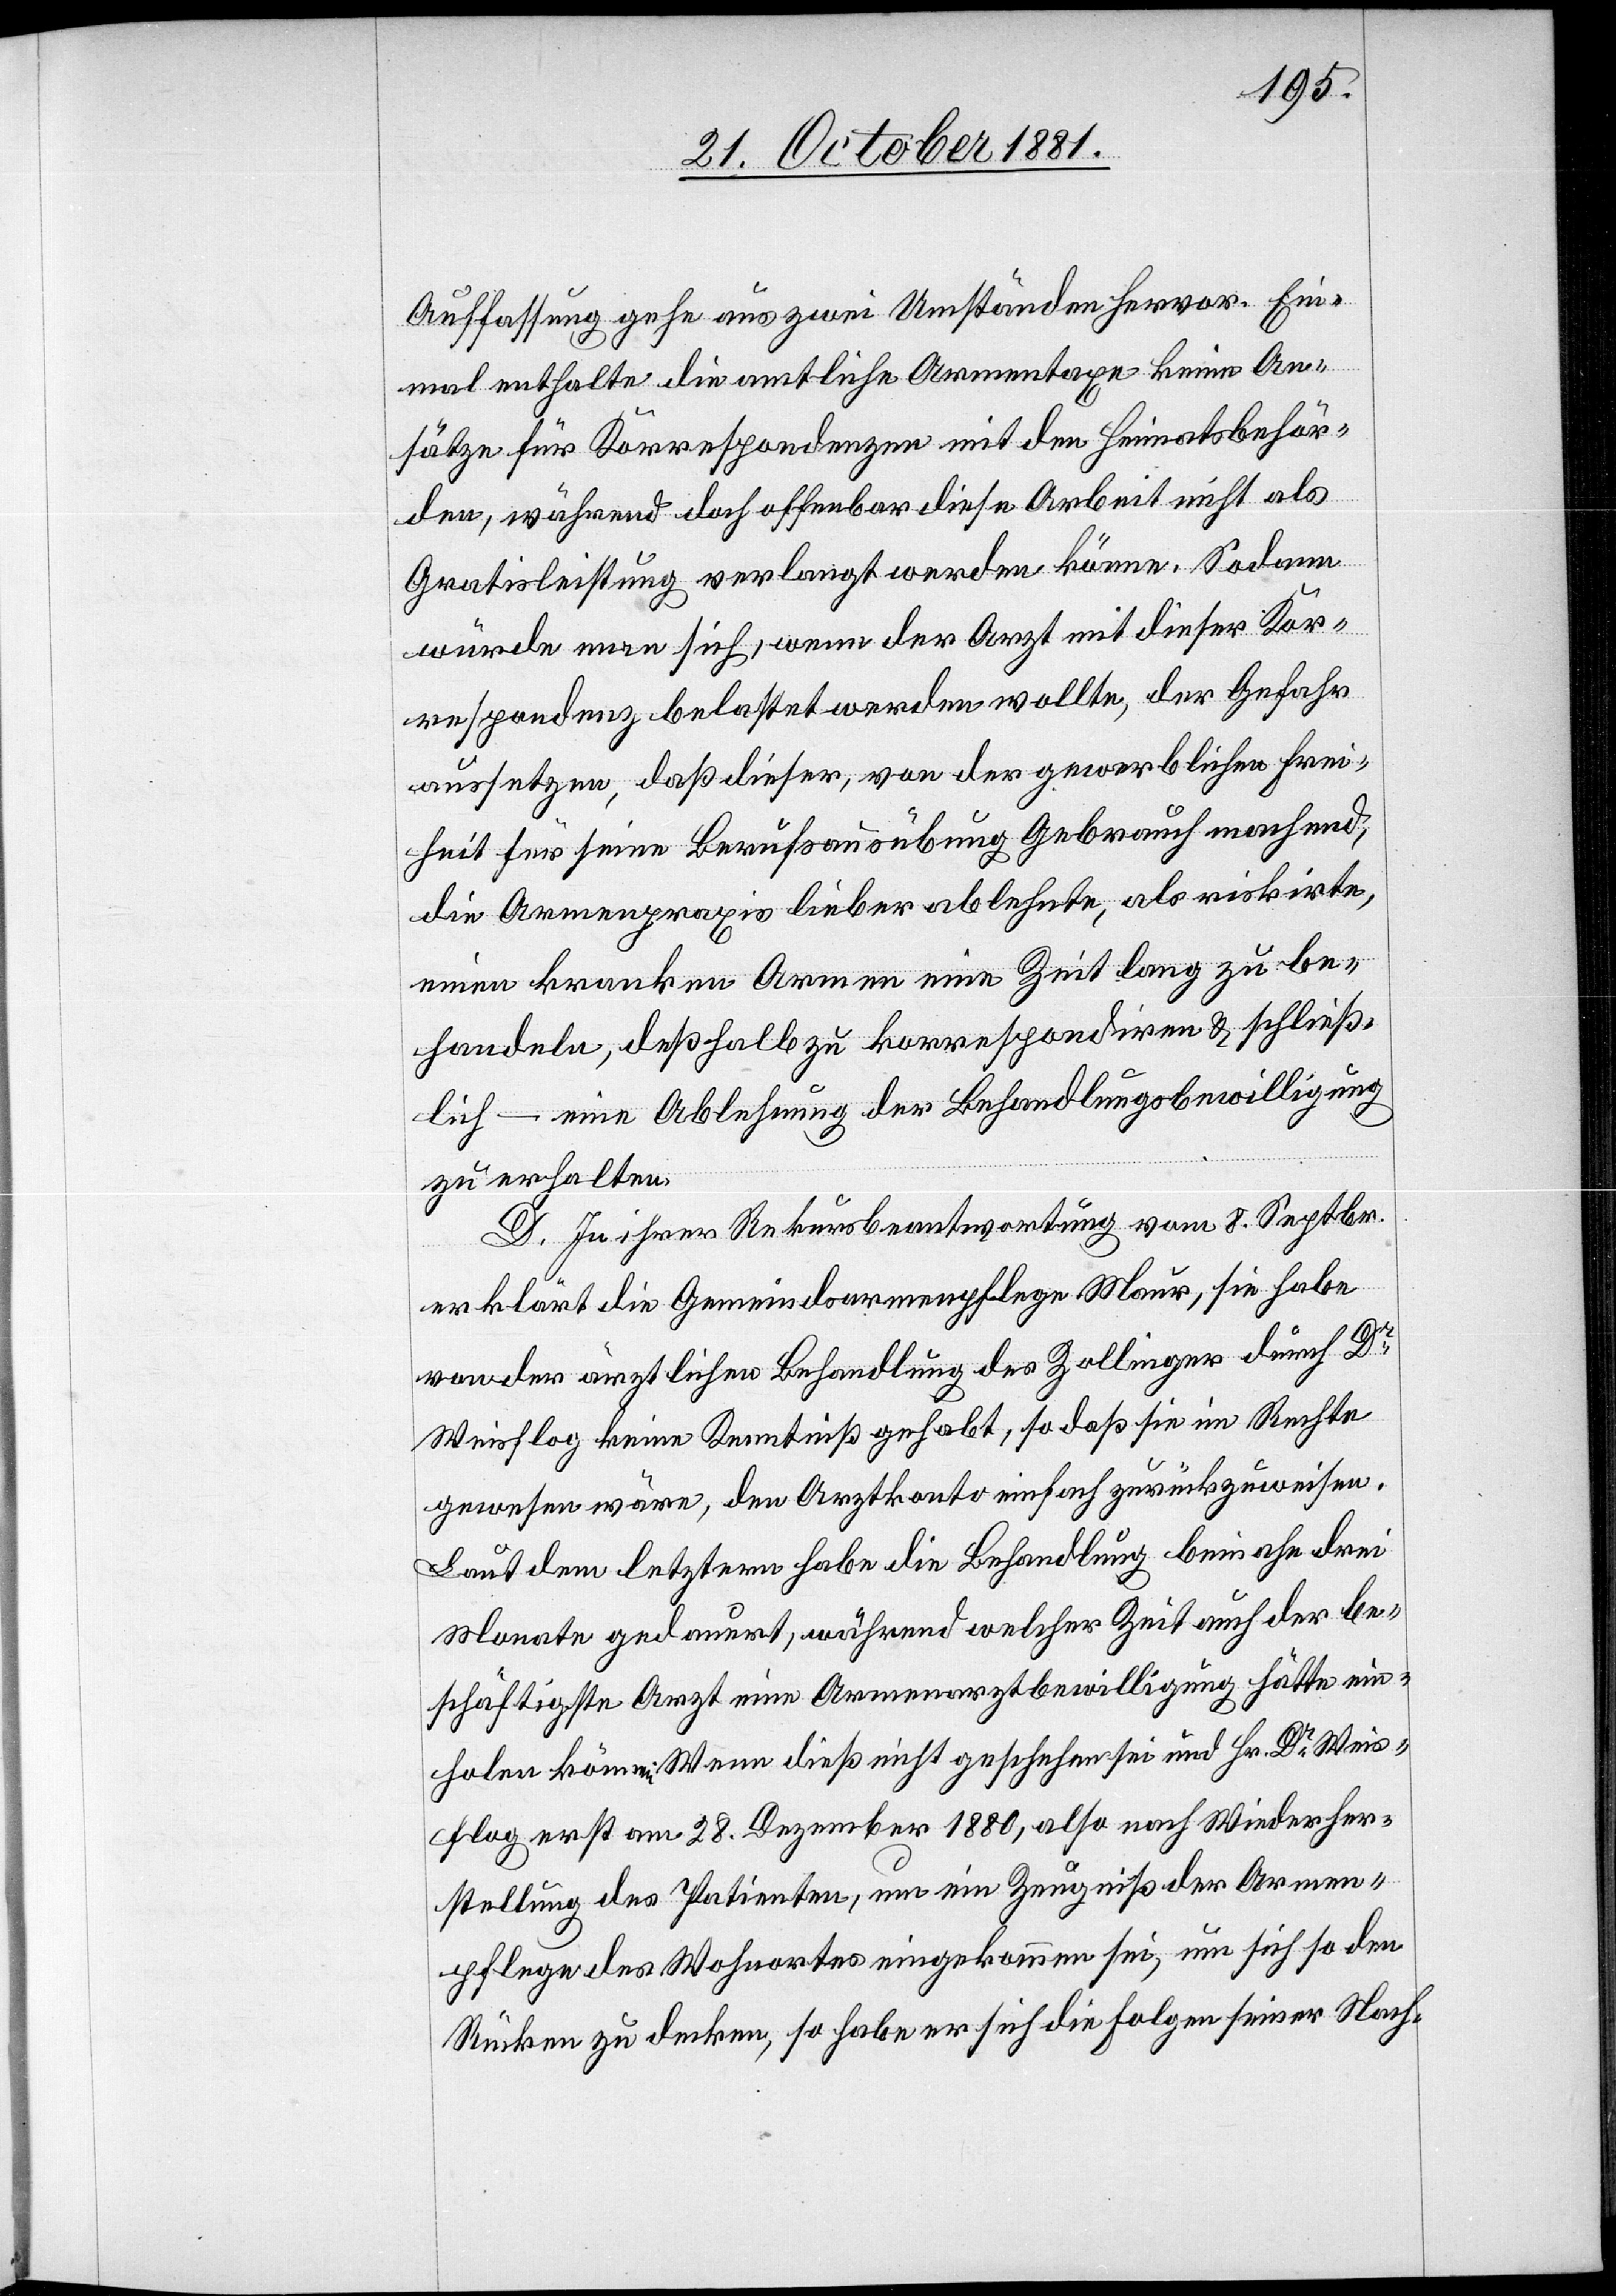
Auffassung gehe aus zwei Umständen hervor. Ein¬
mal enthalte die amtliche Armentaxe keine An¬
sätze für Korrespondenzen mit den Heimatsbehör¬
den, während doch offenbar diese Arbeit nicht als
Gratisleistung verlangt werden könne. Sodann
würde man sich, wenn der Arzt mit dieser Kor¬
respondenz belastet werden wollte, der Gefahr
aussetzen, daß dieser von der gewerblichen Frei¬
heit für seine Berufsausübung Gebrauch machend,
die Armenpraxis lieber ablehnte, als riskirte,
einen kranken Armen eine Zeit lang zu be¬
handeln, deßhalb zu korrespondiren & schließ¬
lich – eine Ablehnung der Behandlungsbewilligung
zu erhalten.
D. In ihrer Rekursbeantwortung vom 8. Septbr.
erklärt die Gemeindsarmenpflege Maur, sie habe
von der ärztlichen Behandlung des Zollinger durch Dr
Weisflog keine Kenntniß gehabt, so daß sie im Rechte
gewesen wäre, den Arztkonto einfach zurückzuweisen.
Laut dem letztern habe die Behandlung beinahe drei
Monate gedauert, während welcher Zeit auch der be¬
schäftigte Arzt eine Armenarztbewilligung hätte ein¬
holen können. Wenn dieß nicht geschehen sei und Hr. Dr Weis¬
flog erst am 28. Dezember 1880, also nach Wiederher¬
stellung des Patienten, um ein Zeugniß der Armen¬
pflege des Wohnortes eingekommen sei, um sich so den
Rücken zu decken, so habe er sich die Folgen seiner Nach-